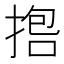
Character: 𪮇